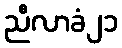
ညီလာခံ၂၁